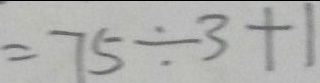
= 7 5 \div 3 + 1